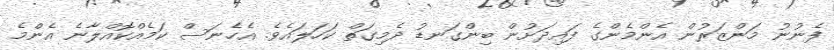
ފެނުނު މަންޒަރުން އެންމެންގެ ފައިދަށުން ބިންގަނޑު ދެމިގަތް ކަހަލައެވެ. އެހެނަސް ކަމެއްކޮއްލާނެ އެންމެ